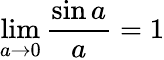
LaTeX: \operatorname*{lim}_{a\rightarrow 0}{\frac{\sin a}{a}}=1